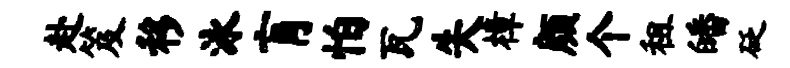
赴笈移泳肓怕瓦失樟颜个租皤砭